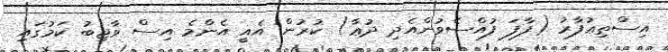
އިސްތިޢުފާރު (ފާފަ ފުއްސެވުންއެދި ދުޢާ) ކުރުން އެއީ އެންމެ އިސް ވާޖިބު ކަމުގައި